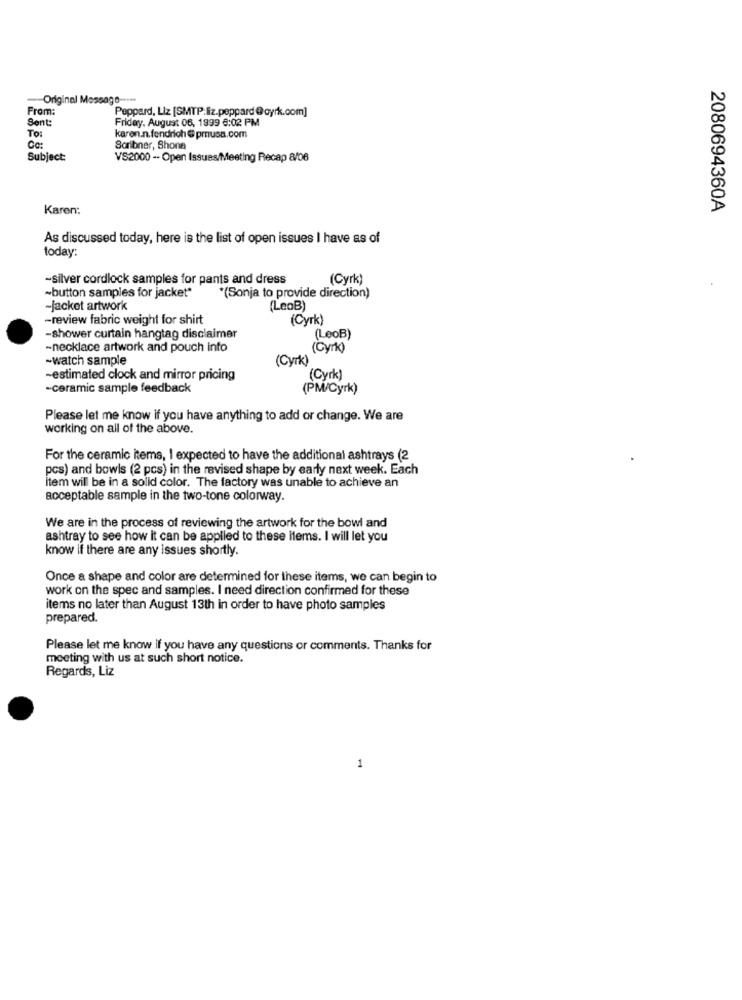
-Original Message -****
From:
Peppard, Liz [SMTP:liz.peppard@oyrk.com]
Sent:
Friday, August 06, 1999 8:02 PM
To:
karen.n.fendrich @ prusa.com
Ca:
Soribner, Shona
Subject:
VS2000 -- Open Issues/Meeting Recap 8/06
Karen:
2080694360A
As discussed today, here is the list of open issues I have as of
today:
-silver cordlock samples for pants and dress
(Cyrk)
~button samples for jacket*
*(Sonja to provide direction)
-Jacket artwork
(LeoB)
-review fabric weight for shirt
(Cyrk)
-shower curtain hangtag disclaimer
(LeoB)
-necklace artwork and pouch info
(Cyr)
-watch sample
(Cyrk)
-estimated clock and mirror pricing
"(Cyrk)
-ceramic sample feedback
(PM/Cyrk)
Please let me know if you have anything to add or change. We are
working on all of the above.
For the ceramic items, I expected to have the additional ashtrays (2
pcs) and bowls (2 pcs) in the revised shape by early next week. Each
item will be in a solid color. The factory was unable to achieve an
acceptable sample in the two-tone colorway.
We are in the process of reviewing the artwork for the bowl and
ashtray to see how it can be applied to these items. I will let you
know if there are any issues shortly.
Once a shape and color are determined for these items, we can begin to
work on the spec and samples. I need direction confirmed for these
items no later than August 13th in order to have photo samples
prepared.
Please let me know if you have any questions or comments. Thanks for
meeting with us at such short notice.
Regards, Liz
1